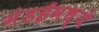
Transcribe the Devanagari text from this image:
मंडईमध्ये